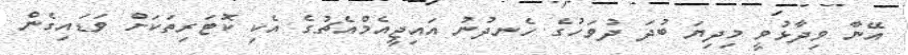
އޭނާ ވިދާޅުވީ މިދިޔަ ބުދަ ދުވަހުގެ ހެނދުނު އައިޖީއެމްއެޗުގެ އެކި ކޮޓަރިތަކަށް ވަޑައިގެން